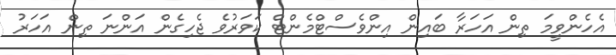
އެހެންވީމަ ތިން އަހަރާ ބައިން އިންވެސްޓްމެންޓް ކަވަރުވެ ޖެހިގެން އަންނަ ތިން އަހަރު